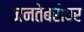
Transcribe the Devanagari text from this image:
जनतेबरोबर